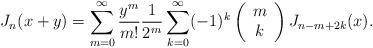
LaTeX: \begin{align*}J_n(x+y)= \sum_{m=0}^{\infty}\frac{y^m}{m!}\frac{1}{2^m}\sum_{k=0}^{\infty}(-1)^k \left(\begin{array}{c}m\\k\end{array}\right)J_{n-m+2k}(x).\end{align*}